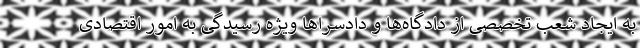
به ایجاد شعب تخصصی از دادگاه‌ها و دادسراها ویژه رسیدگی به امور اقتصادی